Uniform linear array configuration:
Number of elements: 64
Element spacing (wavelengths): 0.75
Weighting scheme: kaiser
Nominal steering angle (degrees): -60
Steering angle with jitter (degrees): -60.375
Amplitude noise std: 0.05
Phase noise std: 0.05

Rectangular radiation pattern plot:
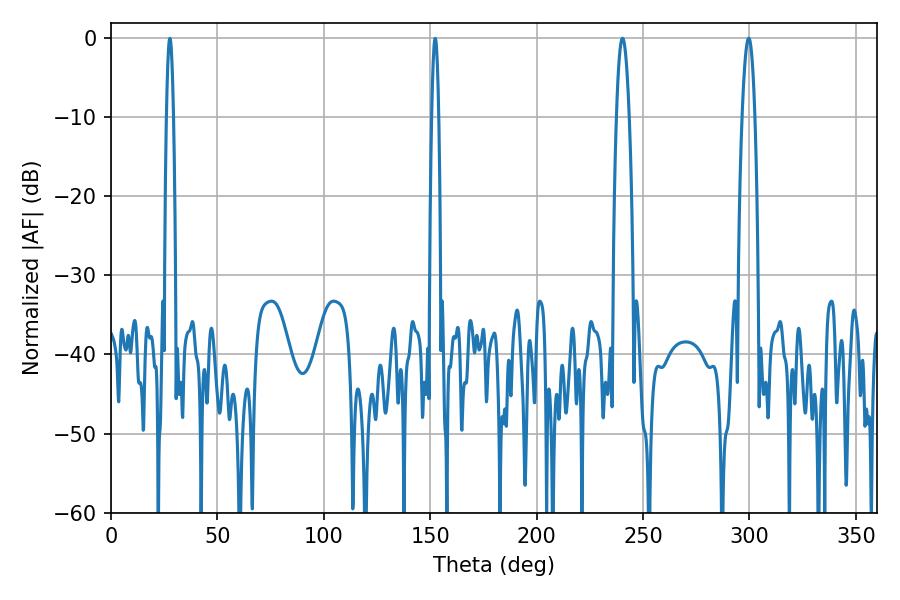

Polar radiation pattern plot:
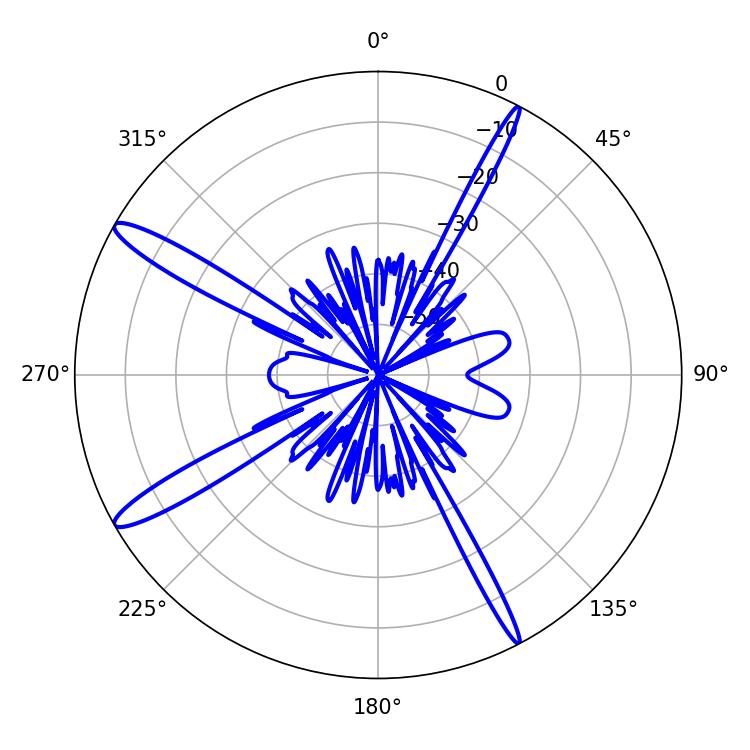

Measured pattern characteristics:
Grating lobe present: TRUE
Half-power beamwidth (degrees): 3.42
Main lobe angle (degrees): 240.3